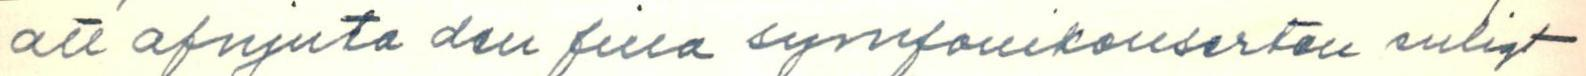
att afnjuta den fina symfonikonserten enligt